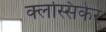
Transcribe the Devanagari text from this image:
क्लस्सिकेर